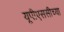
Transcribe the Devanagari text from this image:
यूपीएससीच्या